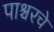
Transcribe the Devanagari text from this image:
पाश्चरचे